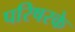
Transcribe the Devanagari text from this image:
परिषरके